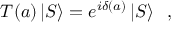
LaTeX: T ( a ) \left| S \right\rangle = e ^ { i \delta ( a ) } \left| S \right\rangle \; \; ,